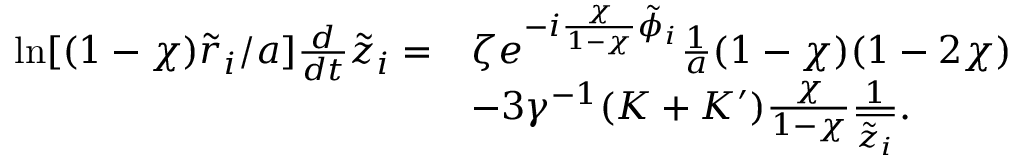
\begin{array} { r l } { \ln [ ( 1 - \chi ) \tilde { r } _ { i } / a ] \frac { d } { d t } \tilde { z } _ { i } = } & { \zeta e ^ { - i \frac { \chi } { 1 - \chi } \tilde { \phi } _ { i } } \frac { 1 } { a } ( 1 - \chi ) ( 1 - 2 \chi ) } \\ & { - 3 \gamma ^ { - 1 } ( K + K ^ { \prime } ) \frac { \chi } { 1 - \chi } \frac { 1 } { \overline { { \tilde { z } _ { i } } } } . } \end{array}